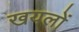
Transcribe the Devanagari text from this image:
खयलों